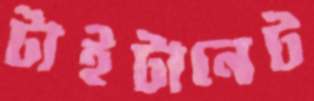
টাইটানেট